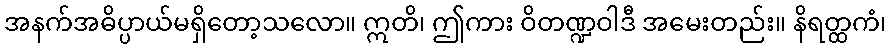
အနက်အဓိပ္ပာယ်မရှိတော့သလော။ ဣတိ၊ ဤကား ဝိတဏ္ဍဝါဒီ အမေးတည်း။ နိရတ္ထကံ၊